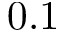
0 . 1